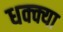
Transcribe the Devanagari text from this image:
धक्क्या